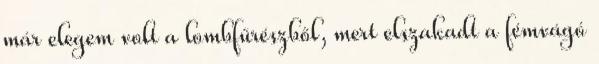
már elegem volt a lombfűrészből, mert elszakadt a fémvágó